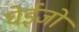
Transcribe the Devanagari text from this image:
घेईजो